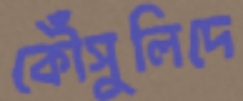
কৌঁসুলিদে